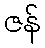
ဇန်